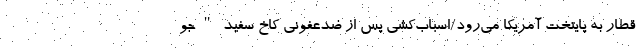
قطار به پایتخت آمریکا می‌رود/اسباب‌کشی پس از ضدعفونی کاخ سفید "جو